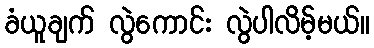
ခံယူချက် လွဲကောင်း လွဲပါလိမ့်မယ်။